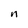
Character: n